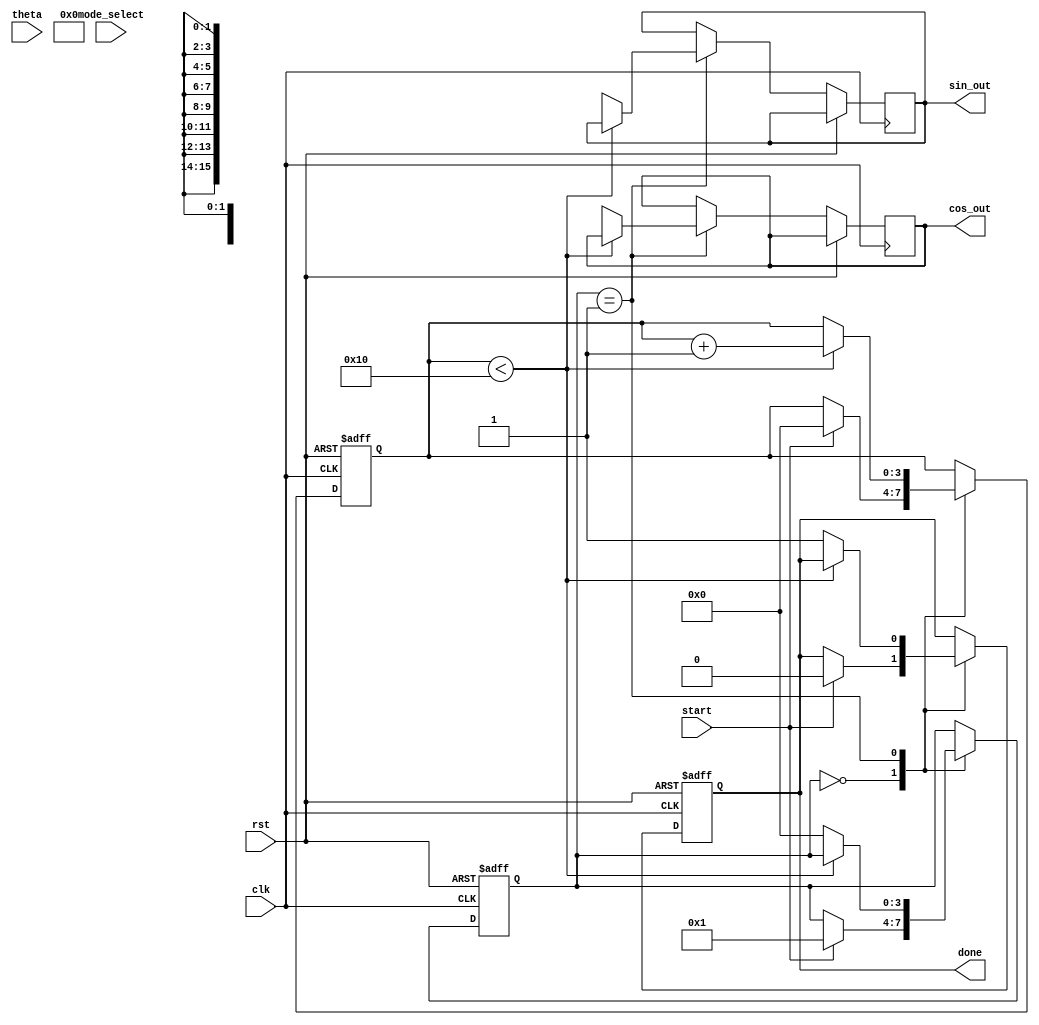
module cordic (
    input wire clk,
    input wire rst,
    input wire [15:0] theta,        // Input angle in fixed-point representation
    input wire mode_select,         // 0: rotation, 1: vectoring
    input wire start,               // Start signal for the computation
    output reg [15:0] sin_out,      // Sine output
    output reg [15:0] cos_out,      // Cosine output
    output reg done                 // Done signal
);

    // Parameters
    parameter NUM_ITERATIONS = 16;  // Number of CORDIC iterations
    parameter CORDIC_GAIN = 16'h4DBA; // Approximate gain factor (for scaling)
    
    // Internal signals
    reg [15:0] x [0:NUM_ITERATIONS-1]; // X register
    reg [15:0] y [0:NUM_ITERATIONS-1]; // Y register
    reg [15:0] z [0:NUM_ITERATIONS-1]; // Angle register
    reg [3:0] state;                   // State variable
    reg [3:0] iteration;               // Iteration counter
    reg [15:0] atan_lut [0:NUM_ITERATIONS-1]; // Lookup table for arctangents

    // Initialize lookup table values for arctangent
    initial begin
        atan_lut[0] = 16'h2000; // arctan(1/2^0)
        atan_lut[1] = 16'h1400; // arctan(1/2^1)
        atan_lut[2] = 16'h0A00; // arctan(1/2^2)
        atan_lut[3] = 16'h0500; // arctan(1/2^3)
        atan_lut[4] = 16'h0280; // arctan(1/2^4)
        atan_lut[5] = 16'h0140; // arctan(1/2^5)
        atan_lut[6] = 16'h00A0; // arctan(1/2^6)
        atan_lut[7] = 16'h0050; // arctan(1/2^7)
        atan_lut[8] = 16'h0028; // arctan(1/2^8)
        atan_lut[9] = 16'h0014; // arctan(1/2^9)
        atan_lut[10] = 16'h000A; // arctan(1/2^10)
        atan_lut[11] = 16'h0005; // arctan(1/2^11)
        atan_lut[12] = 16'h0002; // arctan(1/2^12)
        atan_lut[13] = 16'h0001; // arctan(1/2^13)
        atan_lut[14] = 16'h0000; // arctan(1/2^14)
        atan_lut[15] = 16'h0000; // arctan(1/2^15)
    end

    // State machine for CORDIC operation
    always @(posedge clk or posedge rst) begin
        if (rst) begin
            state <= 0;
            iteration <= 0;
            done <= 0;
            x[0] <= 16'h26DD; // Initial x = K (scaling factor)
            y[0] <= 0;       // Initial y = 0
            z[0] <= theta;   // Initial z = theta
        end else begin
            case (state)
                0: begin
                    if (start) begin
                        state <= 1;
                        iteration <= 0;
                        done <= 0;
                    end
                end
                1: begin
                    if (iteration < NUM_ITERATIONS) begin
                        if (z[iteration] < 0) begin
                            x[iteration + 1] <= x[iteration] + (y[iteration] >>> iteration);
                            y[iteration + 1] <= y[iteration] - (x[iteration] >>> iteration);
                            z[iteration + 1] <= z[iteration] + atan_lut[iteration];
                        end else begin
                            x[iteration + 1] <= x[iteration] - (y[iteration] >>> iteration);
                            y[iteration + 1] <= y[iteration] + (x[iteration] >>> iteration);
                            z[iteration + 1] <= z[iteration] - atan_lut[iteration];
                        end
                        iteration <= iteration + 1;
                    end else begin
                        // Final results
                        sin_out <= y[NUM_ITERATIONS];
                        cos_out <= x[NUM_ITERATIONS] * CORDIC_GAIN >> 14; // Scale the output
                        done <= 1;
                        state <= 0; // Reset state
                    end
                end
            endcase
        end
    end

endmodule